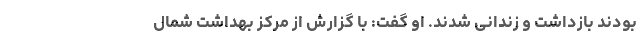
بودند بازداشت و زندانی شدند. او گفت: با گزارش از مرکز بهداشت شمال